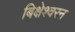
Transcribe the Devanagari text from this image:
बिक्षेश्वरन